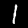
Digit: 1